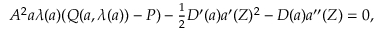
\begin{array} { r } { A ^ { 2 } { a } \lambda ( { a } ) ( Q ( { a } , \lambda ( { a } ) ) - P ) - \frac { 1 } { 2 } D ^ { \prime } ( { a } ) { a } ^ { \prime } ( Z ) ^ { 2 } - D ( { a } ) { a } ^ { \prime \prime } ( Z ) = 0 , } \end{array}